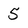
Character: 5